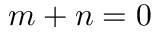
m + n = 0